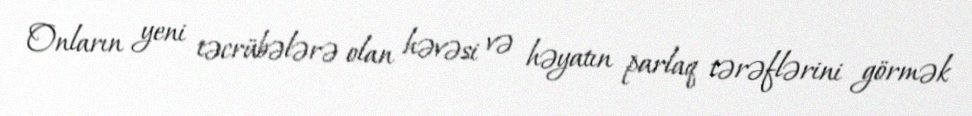
Onların yeni təcrübələrə olan həvəsi və həyatın parlaq tərəflərini görmək